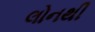
લોનથી